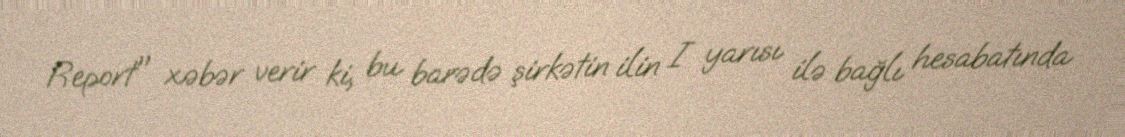
Report" xəbər verir ki, bu barədə şirkətin ilin I yarısı ilə bağlı hesabatında